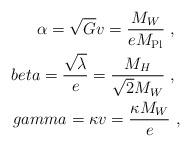
LaTeX: \begin{align*}\alpha =\sqrt{G}v =\frac{M_W}{eM_{\rm Pl}} \ , \ \\beta= \frac{\sqrt{\lambda}}{e} = \frac{M_H}{\sqrt{2}M_W} \ , \ \\gamma =\kappa v =\frac{\kappa M_W}{e}\ , \end{align*}